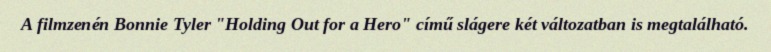
A filmzenén Bonnie Tyler "Holding Out for a Hero" című slágere két változatban is megtalálható.